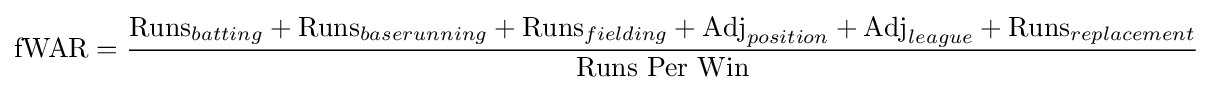
{\text{fWAR}}={\frac {{\text{Runs}}_{batting}+{\text{Runs}}_{baserunning}+{\text{Runs}}_{fielding}+{\text{Adj}}_{position}+{\text{Adj}}_{league}+{\text{Runs}}_{replacement}}{\text{Runs Per Win}}}